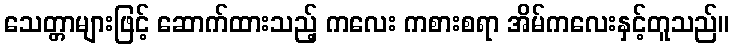
သေတ္တာများဖြင့် ဆောက်ထားသည့် ကလေး ကစားစရာ အိမ်ကလေးနှင့်တူသည်။